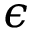
\epsilon